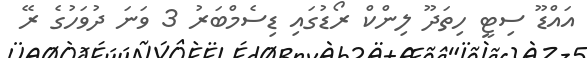
އައްޑޫ ސިޓީ ހިތަދޫ ލިންކް ރޯޑުގައި ޑިސެމްބަރު 3 ވަނަ ދުވަހުގެ ރޭ